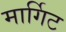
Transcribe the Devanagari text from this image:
मार्गिट